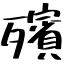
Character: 殯